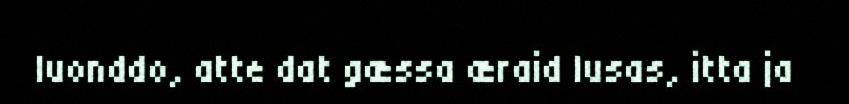
luonddo, atte dat gæssa æraid lusas, itta ja